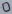
Text: 0